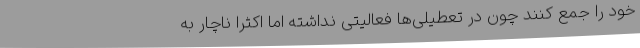
خود را جمع کنند چون در تعطیلی‌ها فعالیتی نداشته اما اکثراً ناچار به